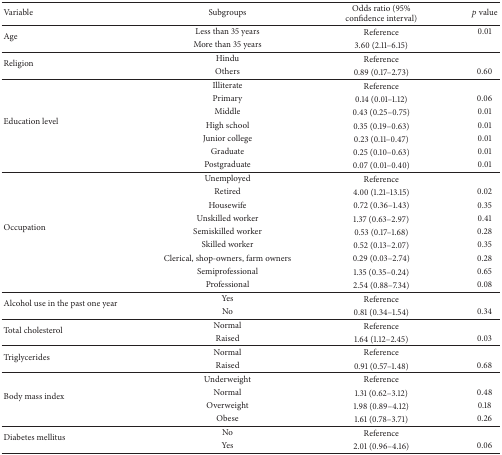
<table><thead><tr><td><b>Variable</b></td><td><b>Subgroups</b></td><td><b>Odds ratio (95% confidence interval)</b></td><td><b><i>p</i> value</b></td></tr></thead><tbody><tr><td rowspan="2">Age </td><td>Less than 35 years</td><td>Reference</td><td>0.01</td></tr><tr><td>More than 35 years</td><td>3.60 (2.11–6.15)</td><td> </td></tr><tr><td rowspan="2">Religion</td><td>Hindu</td><td>Reference</td><td> </td></tr><tr><td>Others</td><td>0.89 (0.17–2.73)</td><td>0.60</td></tr><tr><td rowspan="7">Education level</td><td>Illiterate</td><td>Reference</td><td> </td></tr><tr><td>Primary</td><td>0.14 (0.01–1.12)</td><td>0.06</td></tr><tr><td>Middle</td><td>0.43 (0.25–0.75)</td><td>0.01</td></tr><tr><td>High school</td><td>0.35 (0.19–0.63)</td><td>0.01</td></tr><tr><td>Junior college</td><td>0.23 (0.11–0.47)</td><td>0.01</td></tr><tr><td>Graduate</td><td>0.25 (0.10–0.63)</td><td>0.01</td></tr><tr><td>Postgraduate</td><td>0.07 (0.01–0.40)</td><td>0.01</td></tr><tr><td rowspan="9">Occupation</td><td>Unemployed</td><td>Reference</td><td> </td></tr><tr><td>Retired</td><td>4.00 (1.21–13.15)</td><td>0.02</td></tr><tr><td>Housewife</td><td>0.72 (0.36–1.43)</td><td>0.35</td></tr><tr><td>Unskilled worker</td><td>1.37 (0.63–2.97)</td><td>0.41</td></tr><tr><td>Semiskilled worker</td><td>0.53 (0.17–1.68)</td><td>0.28</td></tr><tr><td>Skilled worker</td><td>0.52 (0.13–2.07)</td><td>0.35</td></tr><tr><td>Clerical, shop-owners, farm owners</td><td>0.29 (0.03–2.74)</td><td>0.28</td></tr><tr><td>Semiprofessional</td><td>1.35 (0.35–0.24)</td><td>0.65</td></tr><tr><td>Professional</td><td>2.54 (0.88–7.34)</td><td>0.08</td></tr><tr><td rowspan="2">Alcohol use in the past one year</td><td>Yes</td><td>Reference</td><td> </td></tr><tr><td>No</td><td>0.81 (0.34–1.54)</td><td>0.34</td></tr><tr><td rowspan="2">Total cholesterol</td><td>Normal</td><td>Reference</td><td> </td></tr><tr><td>Raised</td><td>1.64 (1.12–2.45)</td><td>0.03</td></tr><tr><td rowspan="2">Triglycerides</td><td>Normal</td><td>Reference</td><td> </td></tr><tr><td>Raised</td><td>0.91 (0.57–1.48)</td><td>0.68</td></tr><tr><td rowspan="4">Body mass index</td><td>Underweight</td><td>Reference</td><td> </td></tr><tr><td>Normal</td><td>1.31 (0.62–3.12)</td><td>0.48</td></tr><tr><td>Overweight</td><td>1.98 (0.89–4.12)</td><td>0.18</td></tr><tr><td>Obese</td><td>1.61 (0.78–3.71)</td><td>0.26</td></tr><tr><td rowspan="2">Diabetes mellitus</td><td>No</td><td>Reference</td><td> </td></tr><tr><td>Yes</td><td>2.01 (0.96–4.16)</td><td>0.06</td></tr></tbody></table>